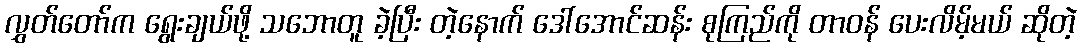
လွှတ်တော်က ရွေးချယ်ဖို့ သဘောတူ ခဲ့ပြီး တဲ့နောက် ဒေါ်အောင်ဆန်း စုကြည်ကို တာဝန် ပေးလိမ့်မယ် ဆိုတဲ့